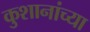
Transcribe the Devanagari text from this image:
कुशानांच्या